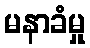
မနာခံမှု